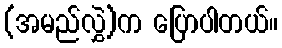
(အမည်လွှဲ)က ပြောပါတယ်။